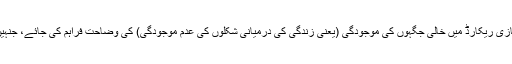
اس نئے ماڈل کا واحد مقصد صرف یہ تھا کہ رکازی ریکارڈ میں خالی جگہوں کی موجودگی (یعنی زندگی کی درمیانی شکلوں کی عدم موجودگی) کی وضاحت فراہم کی جائے، جنہیں واضح کرنے سے جدید ڈارونزم بھی قاصر تھا۔